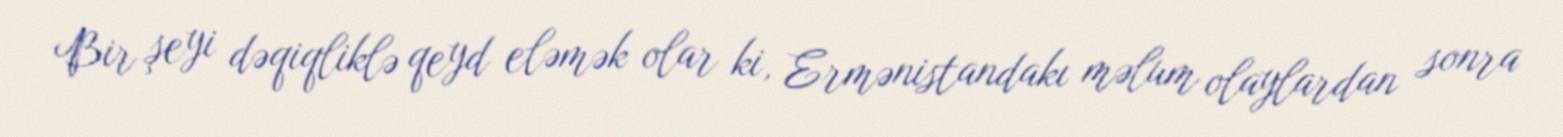
Bir şeyi dəqiqliklə qeyd eləmək olar ki, Ermənistandakı məlum olaylardan sonra